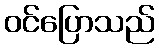
ဝင်ပြောသည်